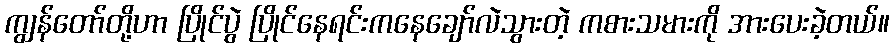
ကျွန်တော်တို့ဟာ ပြိုင်ပွဲ ပြိုင်နေရင်းကနေချော်လဲသွားတဲ့ ကစားသမားကို အားပေးခဲ့တယ်။